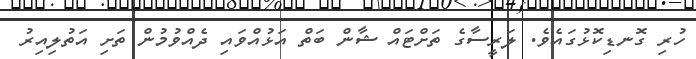
ހުރި ގޮނޑިކޮޅުގައެވެ. ލަރީސާގެ ތަށްޓައް ޝާން ބަތް އަޅުއްވައި ދެއްވުމުން ތަށި އަތުލިއިރު